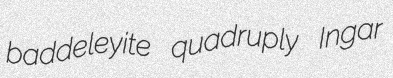
baddeleyite quadruply Ingar